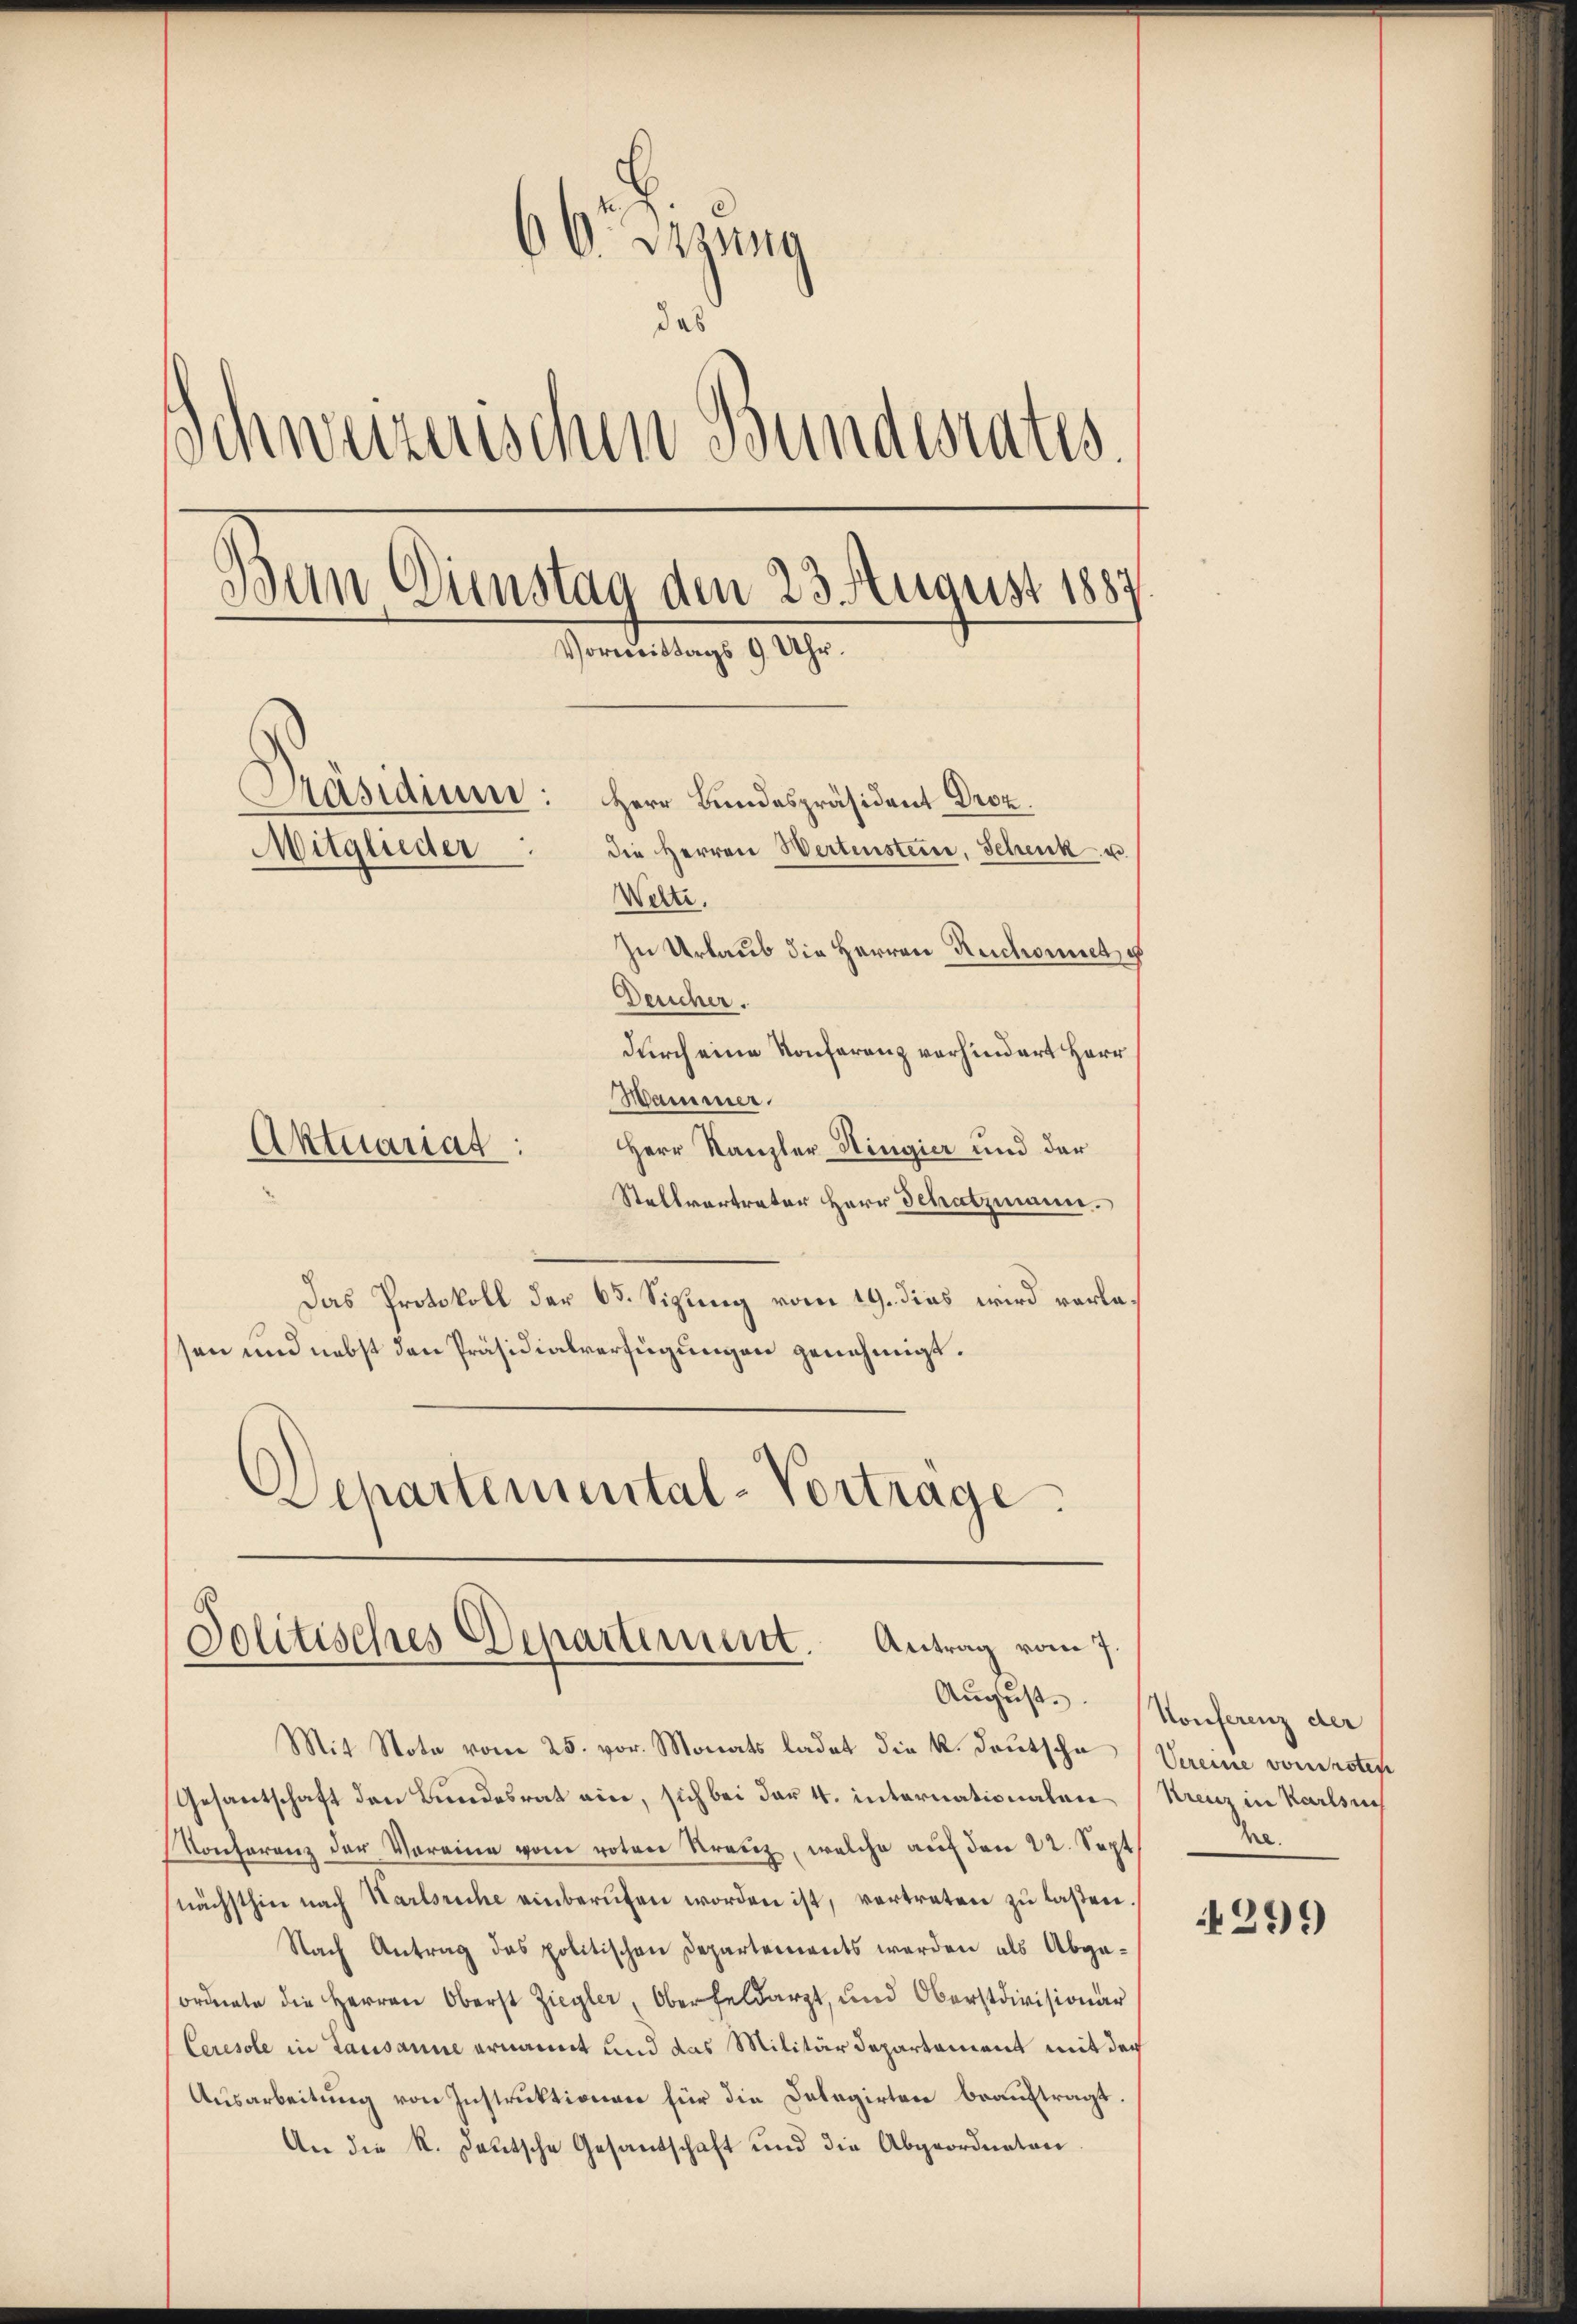
66 etzung
das
Schweizerischen Bundesrates.
Bein Dinstag den 23 August 1887
Vormittags 9 Uhr.
Präsidium:
Herr Bundespräsident Droz.
die Herren Wertenstein, Schenk u.
Mitglieder
Welte.
In Urlaub die Herren Ruchowitsch
Deucher.

durch eine Konferenz vorhindert Herr
Wammer.
Herr Kanzler Hingier und der
Stellvertrater Herr Schatzmann.
Das Protokoll der 65. Sizung vom 19. dies wird vorlesen und nebst den Präsidialverfügungen genehmigt.
Schartemental-Vortrage.

Aktuariat:

Politisches Departement. Antrag vom 7.

Mit Note vom 25. vor. Monats ladet die K. Deutscha
Gesantschaft den Bundesrat ein, sich bei der 4. internationalen
Konferenz der Voreine vom roten Kranz, welche auf den 22. Sept
nächsthin nach Karlsriche einberufen worden ist, vertreten zŭ lassen.
Nach Antrag des politischen Departements werden als Abgaordnete die Herren Oberst Ziegler, Oberfeldarzt, und Oberstdivisionar
Ceresole in Lausanne ernannt und das Militärdepartament mit der
Ausarbeitung von Instruktionen für die Delegirten beauftragt.
An die R. deutsche Gesandschaft und die Abgeordneten

August. Konferenz der
Vereine vom rotes
Kreuer in Karlsuch
.

299)